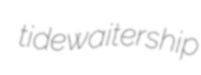
tidewaitership